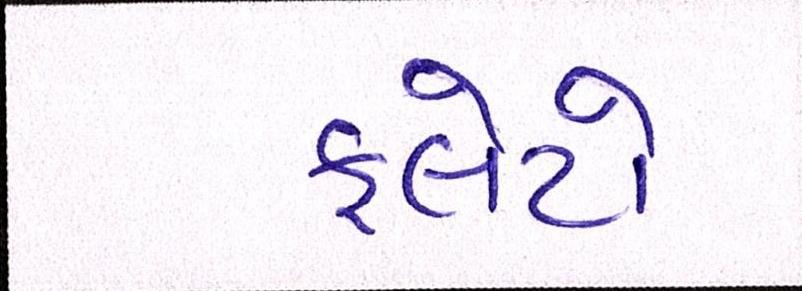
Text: ફ્લેટો